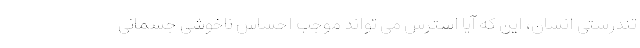
تندرستی انسان، این که آیا استرس می تواند موجب احساس ناخوشی جسمانی